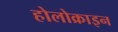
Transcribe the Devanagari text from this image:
होलोक्राइन